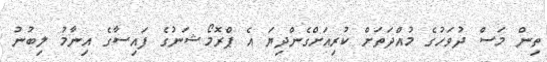
ތިން މަސް ދުވަހުގެ މުއްދަތަށް ކުރިއަށްގެންދިޔަ އެ ޕްރޮމޯޝަނުގެ ފައިސާގެ އިނާމު ލިބުނު